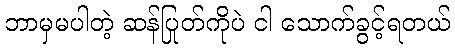
ဘာမှမပါတဲ့ ဆန်ပြုတ်ကိုပဲ ငါ သောက်ခွင့်ရတယ်